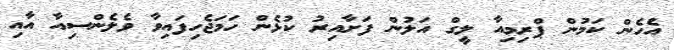
އެހެން ކަމުން ޕްރިމިއާ ލީގް އަލުން ފަށާއިރު ކުޅެން ހަމަޖެހިފައިވާ ވެލެންސިއާ އާއި